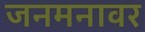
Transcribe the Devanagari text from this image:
जनमनावर